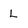
Character: L